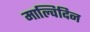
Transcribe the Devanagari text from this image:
माल्विदिन